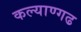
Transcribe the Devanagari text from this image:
कल्याण्गढ